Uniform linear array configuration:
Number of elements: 16
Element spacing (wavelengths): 0.75
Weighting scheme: blackman
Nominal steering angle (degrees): -15
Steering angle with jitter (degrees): -14.661
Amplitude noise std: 0.05
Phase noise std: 0.05

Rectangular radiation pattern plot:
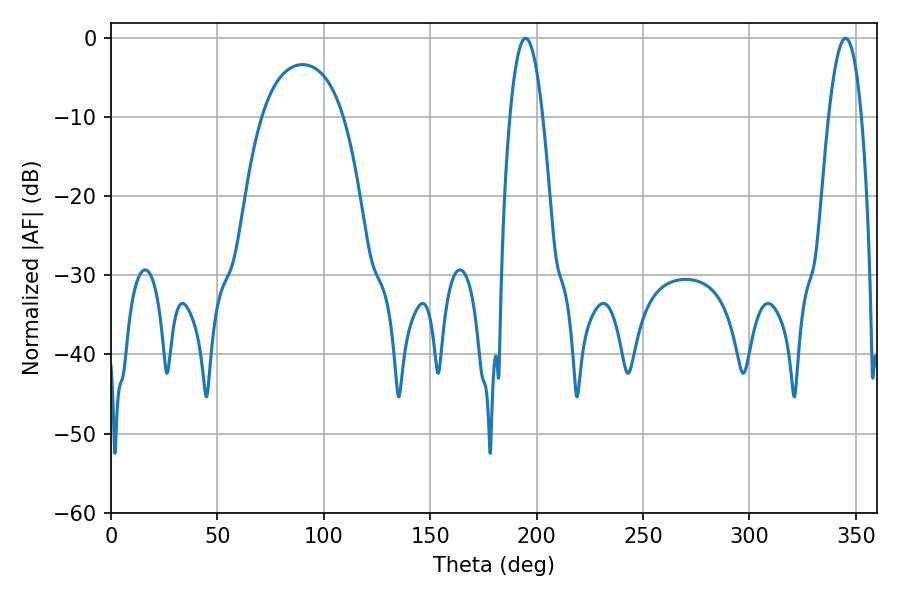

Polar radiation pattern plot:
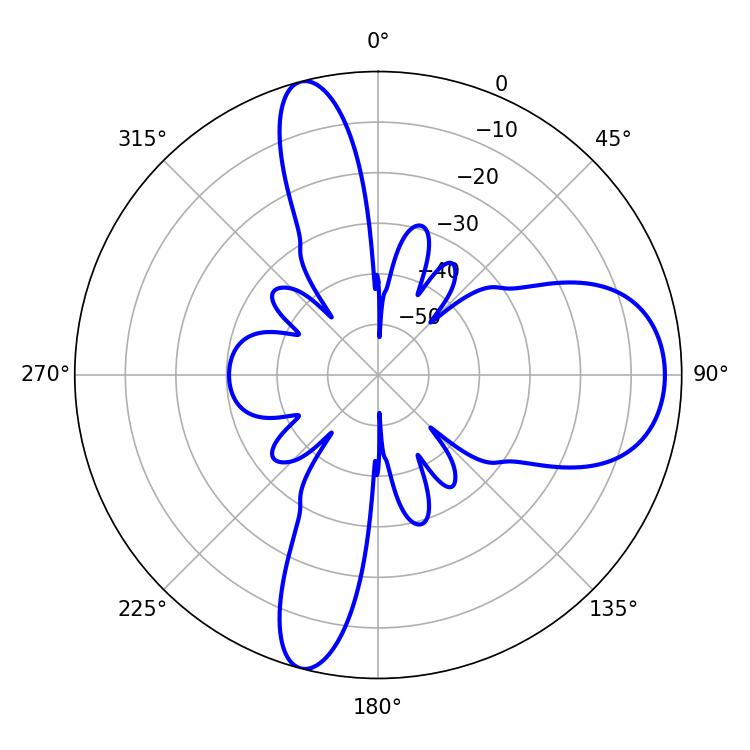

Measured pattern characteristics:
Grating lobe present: TRUE
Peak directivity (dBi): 11.516
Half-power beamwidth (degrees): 8.46
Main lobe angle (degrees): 194.76